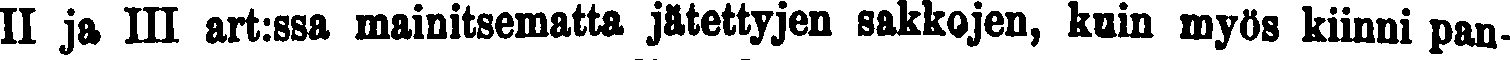
II ja III art:ssa mainitsematta jätettyjen sakkojen, kuin myös kiinni pan-